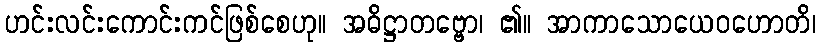
ဟင်းလင်းကောင်းကင်ဖြစ်စေဟု။ အဓိဋ္ဌာတဗ္ဗော၊ ၏။ အာကာသောယေဝဟောတိ၊